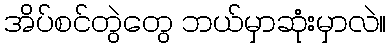
အိပ်စင်တွဲတွေ ဘယ်မှာဆုံးမှာလဲ။